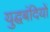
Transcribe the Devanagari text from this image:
युद्घबंदियों